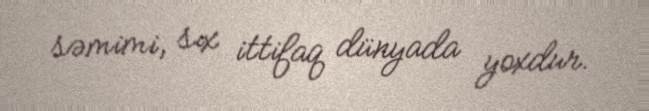
səmimi, sıx ittifaq dünyada yoxdur.